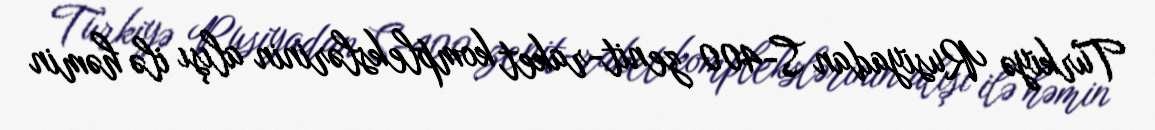
Türkiyə Rusiyadan S-400 zenit-raket komplekslərinin alışı ilə həmin